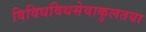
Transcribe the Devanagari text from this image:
विविधविधसेवाकुलतया